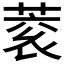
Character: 𮐀